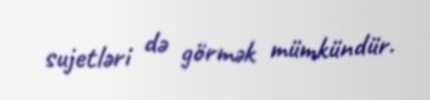
sujetləri də görmək mümkündür.